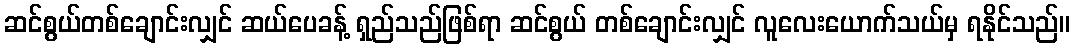
ဆင်စွယ်တစ်ချောင်းလျှင် ဆယ်ပေခန့် ရှည်သည်ဖြစ်ရာ ဆင်စွယ် တစ်ချောင်းလျှင် လူလေးယောက်သယ်မှ ရနိုင်သည်။